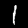
Label: 1